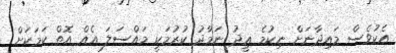
އެކުވެސް މައިދާނަށް ނިކުމެ ޢީދު ނަމާދު ކުރުމަކީ މައްސަލަ އެއް އޮތް ކަމަކަށް